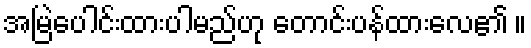
အမြဲပေါင်းထားပါမည်ဟု တောင်းပန်ထားလေ၏ ။